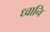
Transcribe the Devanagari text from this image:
ध्वानि